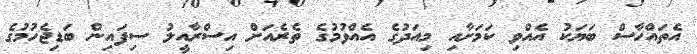
އެތައްހާސް ބަޔަކު އެއްވި ކަމަށާއި މިއަދުގެ އެއްވުމުގެ ތެރެއަށް އިސްރާއީލު ސިފައިން ބަޑިޖެހުމުގެ